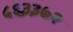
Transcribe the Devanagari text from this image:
५६३३७२